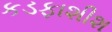
કડફાશીશ